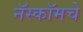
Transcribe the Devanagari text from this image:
नॅस्कॉमचे